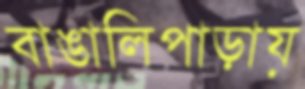
বাঙালিপাড়ায়